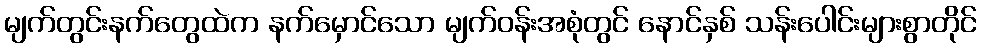
မျက်တွင်းနက်တွေထဲက နက်မှောင်သော မျက်ဝန်းအစုံတွင် နောင်နှစ် သန်းပေါင်းများစွာတိုင်